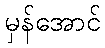
မှန်အောင်